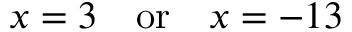
x = 3 \quad { \mathrm { o r } } \quad x = - 1 3